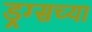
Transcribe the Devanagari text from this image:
ड्रग्सच्या